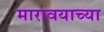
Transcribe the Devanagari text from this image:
मारावयाच्या